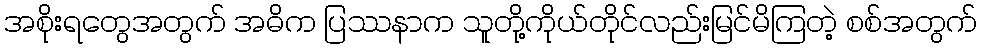
အစိုးရတွေအတွက် အဓိက ပြဿနာက သူတို့ကိုယ်တိုင်လည်းမြင်မိကြတဲ့ စစ်အတွက်